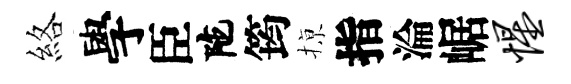
絡學臣陀筠𢱊指淪崌惺